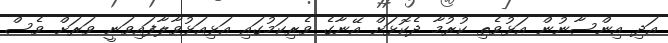
އަދި އިންސާނުން އަޅުވެތި ކުރުމާ ދެކޮޅަށް އޭނާގެ ވެރިކަމުގައި އަޅިއަޅުވާލާފައިވަނީ ވަރަށް ވެސް